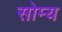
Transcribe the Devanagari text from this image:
सोम्य